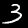
Label: 3